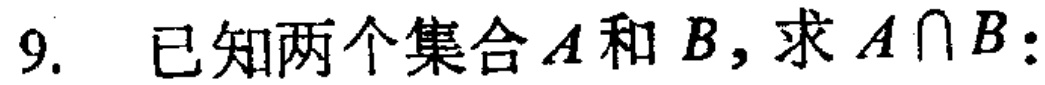
9. 已知两个集合\(A\)和\(B\)，求\(A\cap B\)：